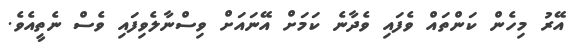
އޭރު މިހެން ކަންތައް ވެފައި ވެދާނެ ކަމަށް އޭނައަށް ވިސްނާލެވިފައި ވެސް ނެތީއެވެ.